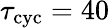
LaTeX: \tau_{\mathrm{cyc}}=40